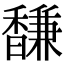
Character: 馦